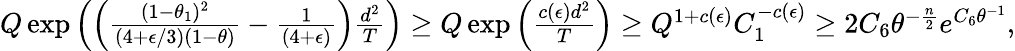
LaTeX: \begin{array}{r}{Q\exp\left(\left(\frac{(1-\theta_{1})^{2}}{(4+\epsilon/3)(1-\theta)}-\frac{1}{(4+\epsilon)}\right)\frac{d^{2}}{T}\right)\ge Q\exp\left(\frac{c(\epsilon)d^{2}}{T}\right)\ge Q^{1+c(\epsilon)}C_{1}^{-c(\epsilon)}\ge 2C_{6}\theta^{-\frac n2}e^{C_{6}\theta^{-1}},}\end{array}